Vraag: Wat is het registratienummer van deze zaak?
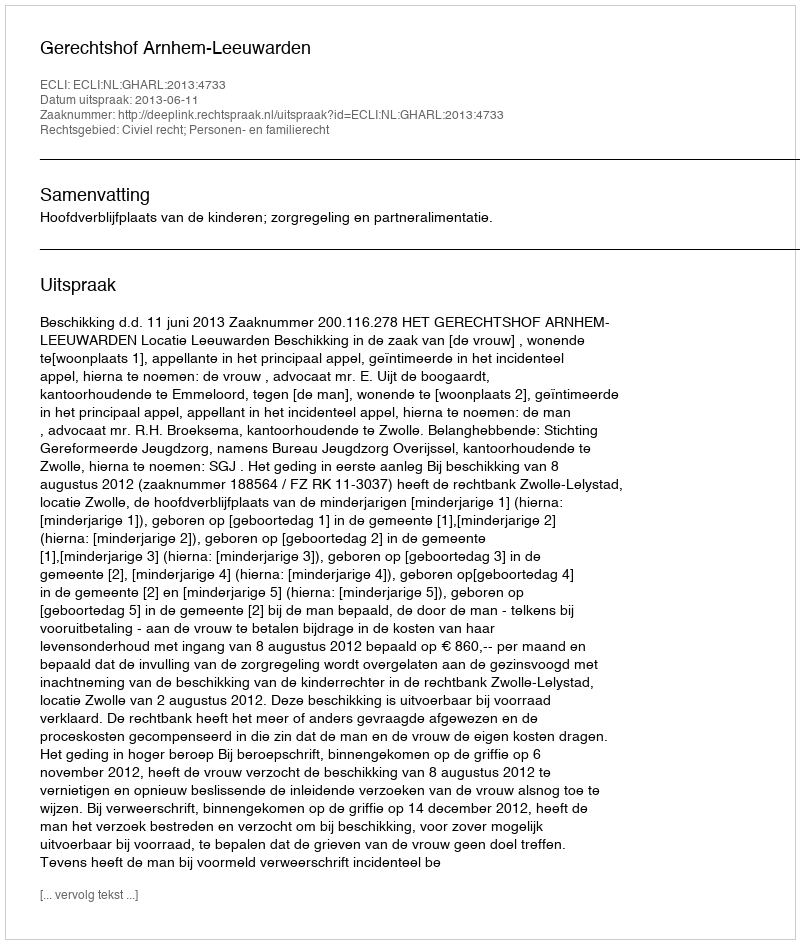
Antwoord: http://deeplink.rechtspraak.nl/uitspraak?id=ECLI:NL:GHARL:2013:4733